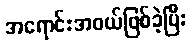
အရောင်းအဝယ်ဖြစ်ခဲ့ပြီး